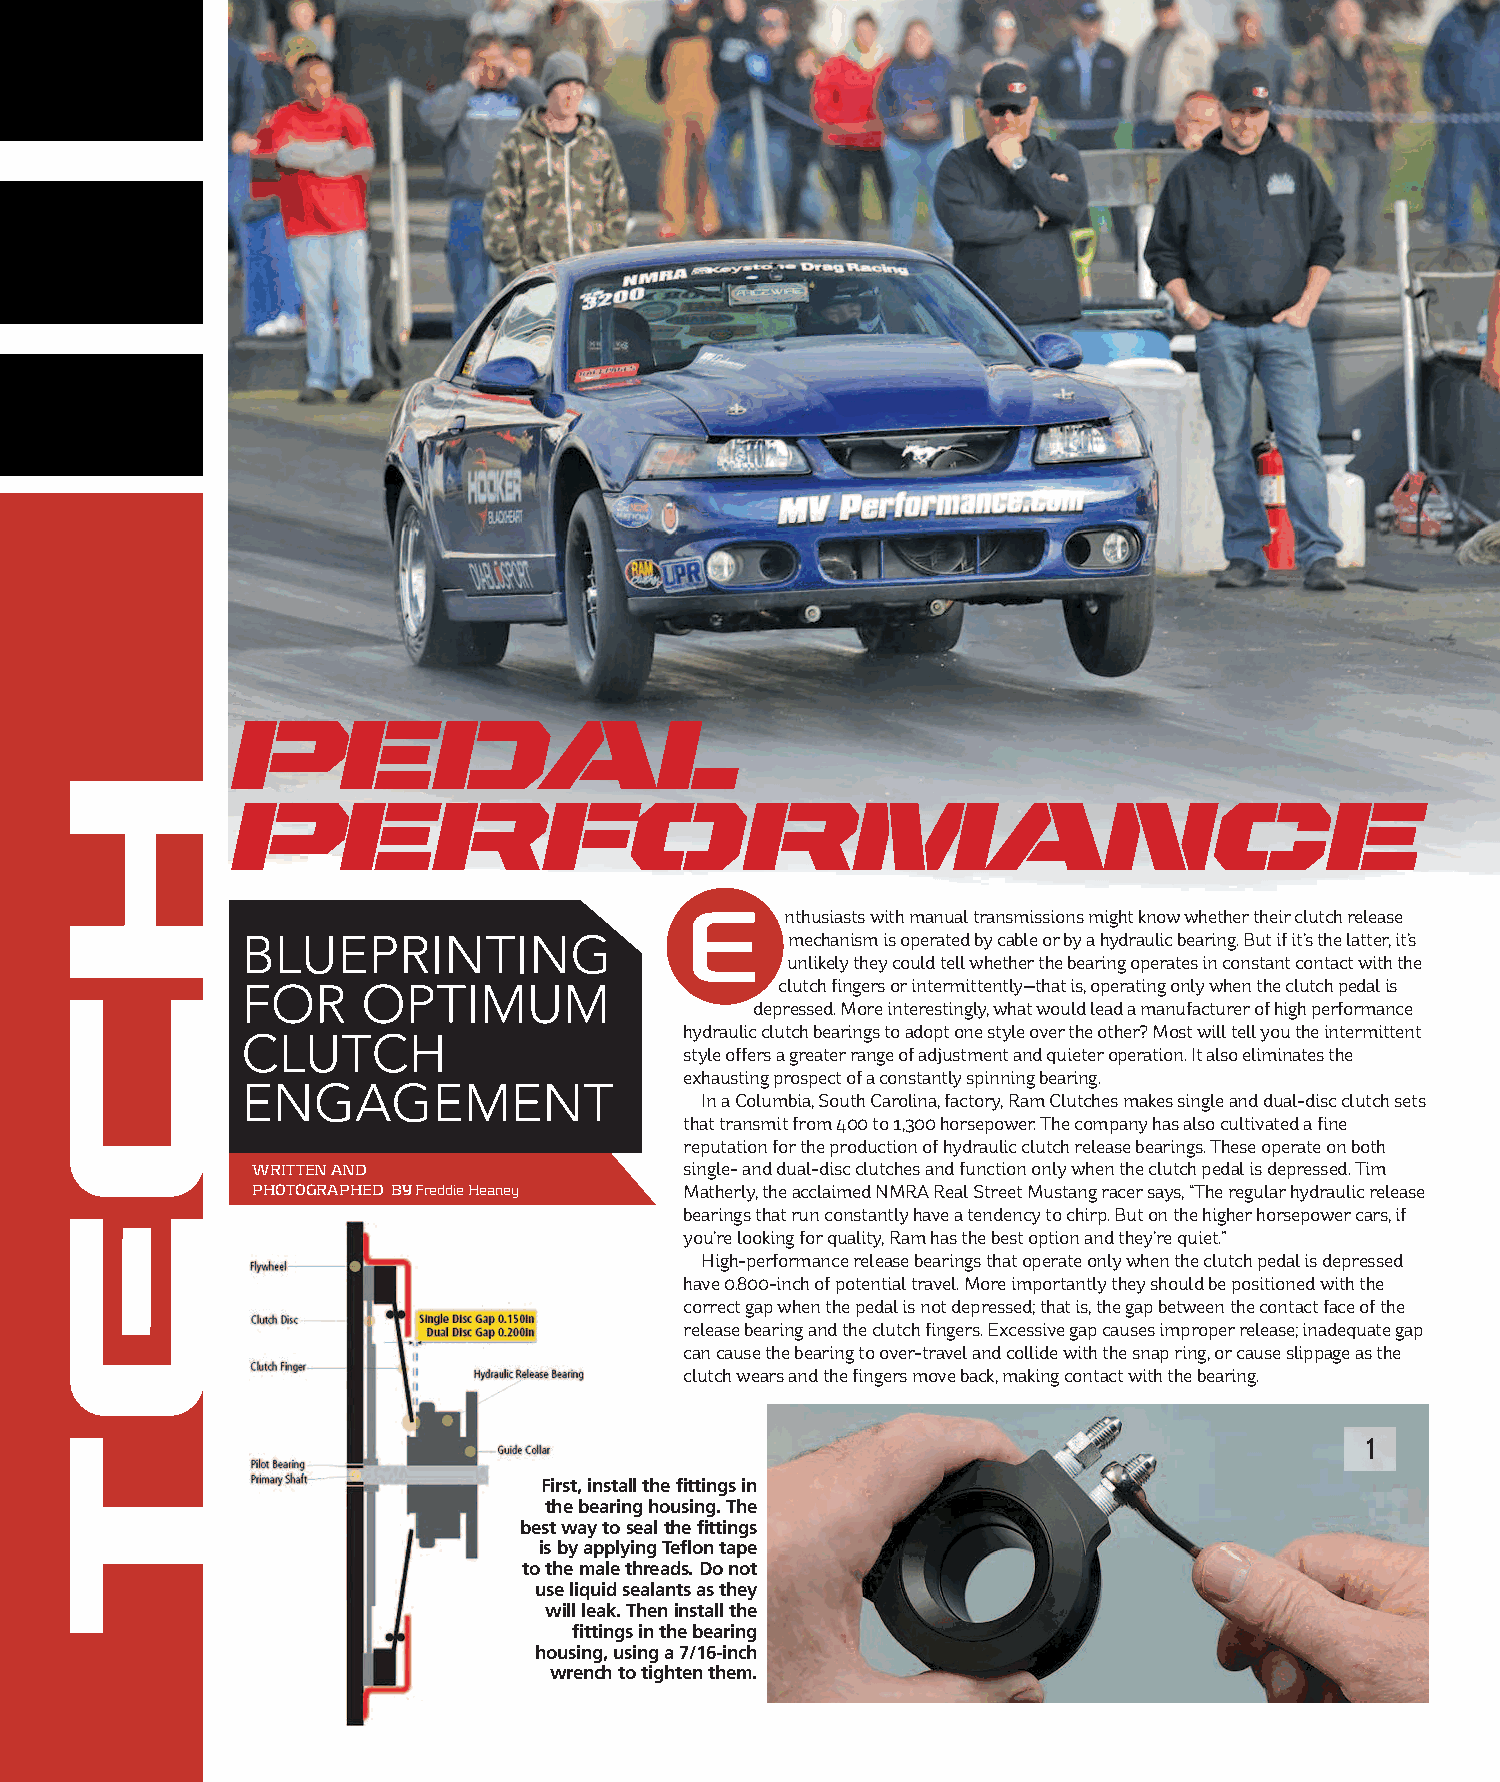
PEDAL
 PERFORMANCE
 E
 nthusiasts with manual transmissions might know whether their clutch release
 mechanism is operated by cable or by a hydraulic bearing. But if it’s the latter, it’s
 Blueprinting
 unlikely they could tell whether the bearing operates in constant contact with the
 clutch fingers or intermittently—that is, operating only when the clutch pedal is
 for     optimum
 depressed. More interestingly, what would lead a manufacturer of high performance
 hydraulic clutch bearings to adopt one style over the other? Most will tell you the intermittent
 ClutCh
 style offers a greater range of adjustment and quieter operation. It also eliminates the
 exhausting prospect of a constantly spinning bearing.
 engagement                    In a Columbia, South Carolina, factory, Ram Clutches makes single and dual-disc clutch sets
 that transmit from 400 to 1,300 horsepower. The company has also cultivated a fine
 reputation for the production of hydraulic clutch release bearings. These operate on both
 WRITTEN AND                 single- and dual-disc clutches and function only when the clutch pedal is depressed. Tim
 PHOTOGRAPHED BYFreddie Heaney Matherly, the acclaimed NMRA Real Street Mustang racer says, “The regular hydraulic release
 bearings that run constantly have a tendency to chirp. But on the higher horsepower cars, if
 you’re looking for quality, Ram has the best option and they’re quiet.”
 High-performance release bearings that operate only when the clutch pedal is depressed
 have 0.800-inch of potential travel. More importantly they should be positioned with the
 correct gap when the pedal is not depressed; that is, the gap between the contact face of the
 release bearing and the clutch fingers. Excessive gap causes improper release; inadequate gap
 can cause the bearing to over-travel and collide with the snap ring, or cause slippage as the
 clutch wears and the fingers move back, making contact with the bearing.
 1
 First, install the fittings in
 the bearing housing. The
 best way to seal the fittings
 is by applying Teflon tape
 to the male threads. Do not
 use liquid sealants as they
 will leak. Then install the
 fittings in the bearing
 housing, using a 7/16-inch
 wrench to tighten them.